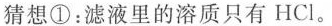
猜想①：滤液里的溶质只有HCl。